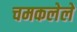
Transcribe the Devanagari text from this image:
चमकलेले